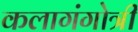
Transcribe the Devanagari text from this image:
कलागंगोत्री